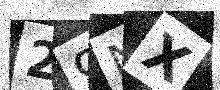
Text: 29NX